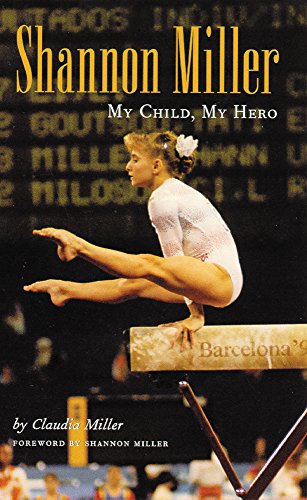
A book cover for Shannon Miller: My Child, My Hero; Claudia Miller; Sports & Outdoors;